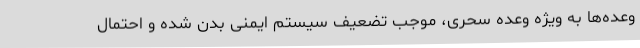
وعده‌ها به ویژه وعده سحری، موجب تضعیف سیستم ایمنی بدن شده و احتمال